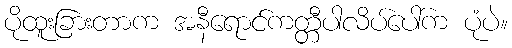
ပိုထူးခြားတာက အနီရောင်ကတ္တီပါလိပ်ပေါ်က ပုံပဲ။